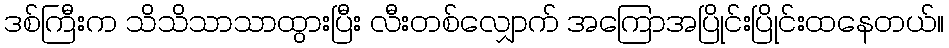
ဒစ်ကြီးက သိသိသာသာထွားပြီး လီးတစ်လျှောက် အကြောအပြိုင်းပြိုင်းထနေတယ်။